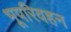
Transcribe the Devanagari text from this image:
भूपरिवहन